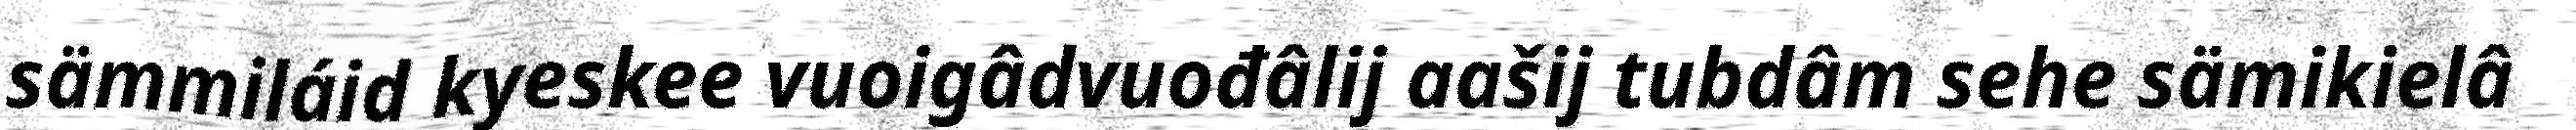
sämmiláid kyeskee vuoigâdvuođâlij aašij tubdâm sehe sämikielâ